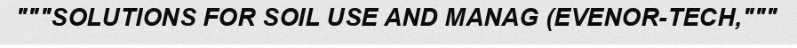
"""SOLUTIONS FOR SOIL USE AND MANAG (EVENOR-TECH,"""